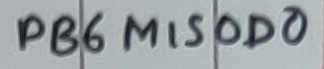
Text: PB6LISOD0